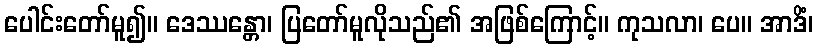
ပေါင်းတော်မူ၍။ ဒေဿန္တော၊ ပြတော်မူလိုသည်၏ အဖြစ်ကြောင့်။ ကုသလာ၊ ပေ။ အာဒိံ၊